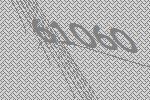
61060